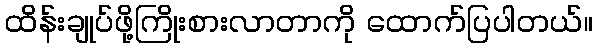
ထိန်းချုပ်ဖို့ကြိုးစားလာတာကို ထောက်ပြပါတယ်။